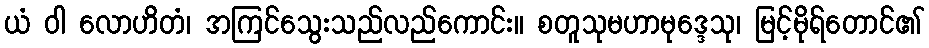
ယံ ဝါ လောဟိတံ၊ အကြင်သွေးသည်လည်ကောင်း။ စတူသုမဟာမုဒ္ဒေသု၊ မြင့်မိုရ်တောင်၏